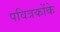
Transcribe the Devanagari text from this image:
पवित्रकोंके